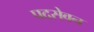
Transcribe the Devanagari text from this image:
पदसेवन